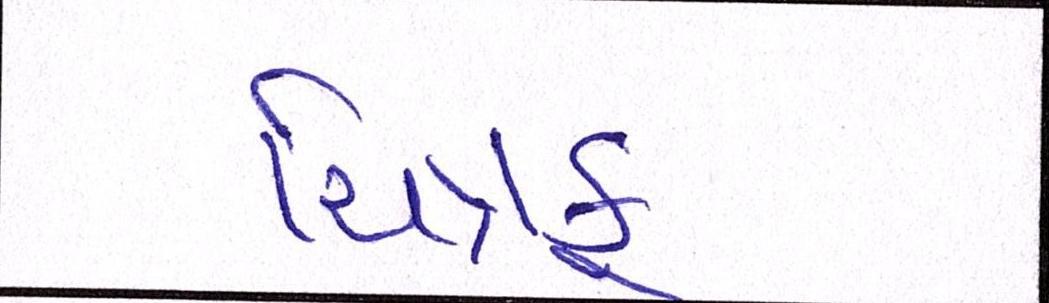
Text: ચિત્રકૂટથી